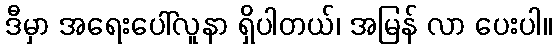
ဒီမှာ အရေးပေါ်လူနာ ရှိပါတယ်၊ အမြန် လာ ပေးပါ။